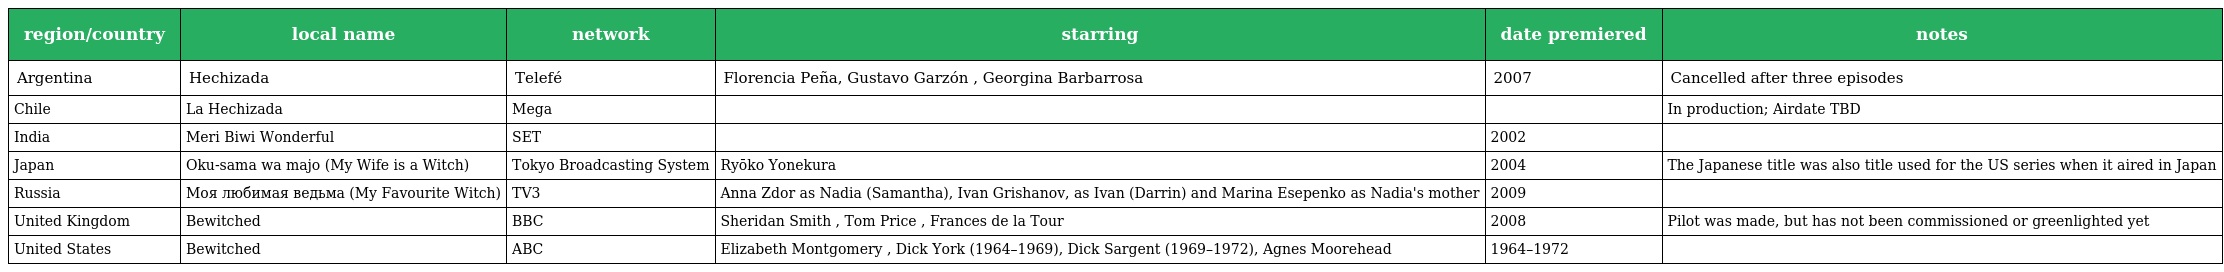
| region/country | local name | network | starring | date premiered | notes |
 | --- | --- | --- | --- | --- | --- |
 | Argentina | Hechizada | Telefé | Florencia Peña, Gustavo Garzón , Georgina Barbarrosa | 2007 | Cancelled after three episodes |
 | Chile | La Hechizada | Mega |  |  | In production; Airdate TBD |
 | India | Meri Biwi Wonderful | SET |  | 2002 |  |
 | Japan | Oku-sama wa majo (My Wife is a Witch) | Tokyo Broadcasting System | Ryōko Yonekura | 2004 | The Japanese title was also title used for the US series when it aired in Japan |
 | Russia | Моя любимая ведьма (My Favourite Witch) | TV3 | Anna Zdor as Nadia (Samantha), Ivan Grishanov, as Ivan (Darrin) and Marina Esepenko as Nadia's mother | 2009 |  |
 | United Kingdom | Bewitched | BBC | Sheridan Smith , Tom Price , Frances de la Tour | 2008 | Pilot was made, but has not been commissioned or greenlighted yet |
 | United States | Bewitched | ABC | Elizabeth Montgomery , Dick York (1964–1969), Dick Sargent (1969–1972), Agnes Moorehead | 1964–1972 |  |